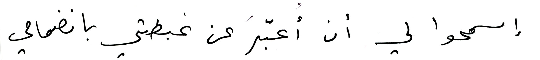
إسمحوا لي أن أُعبّرَ عن غبطتي بانضمامي